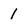
Character: 1